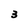
Character: 3